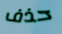
حذف